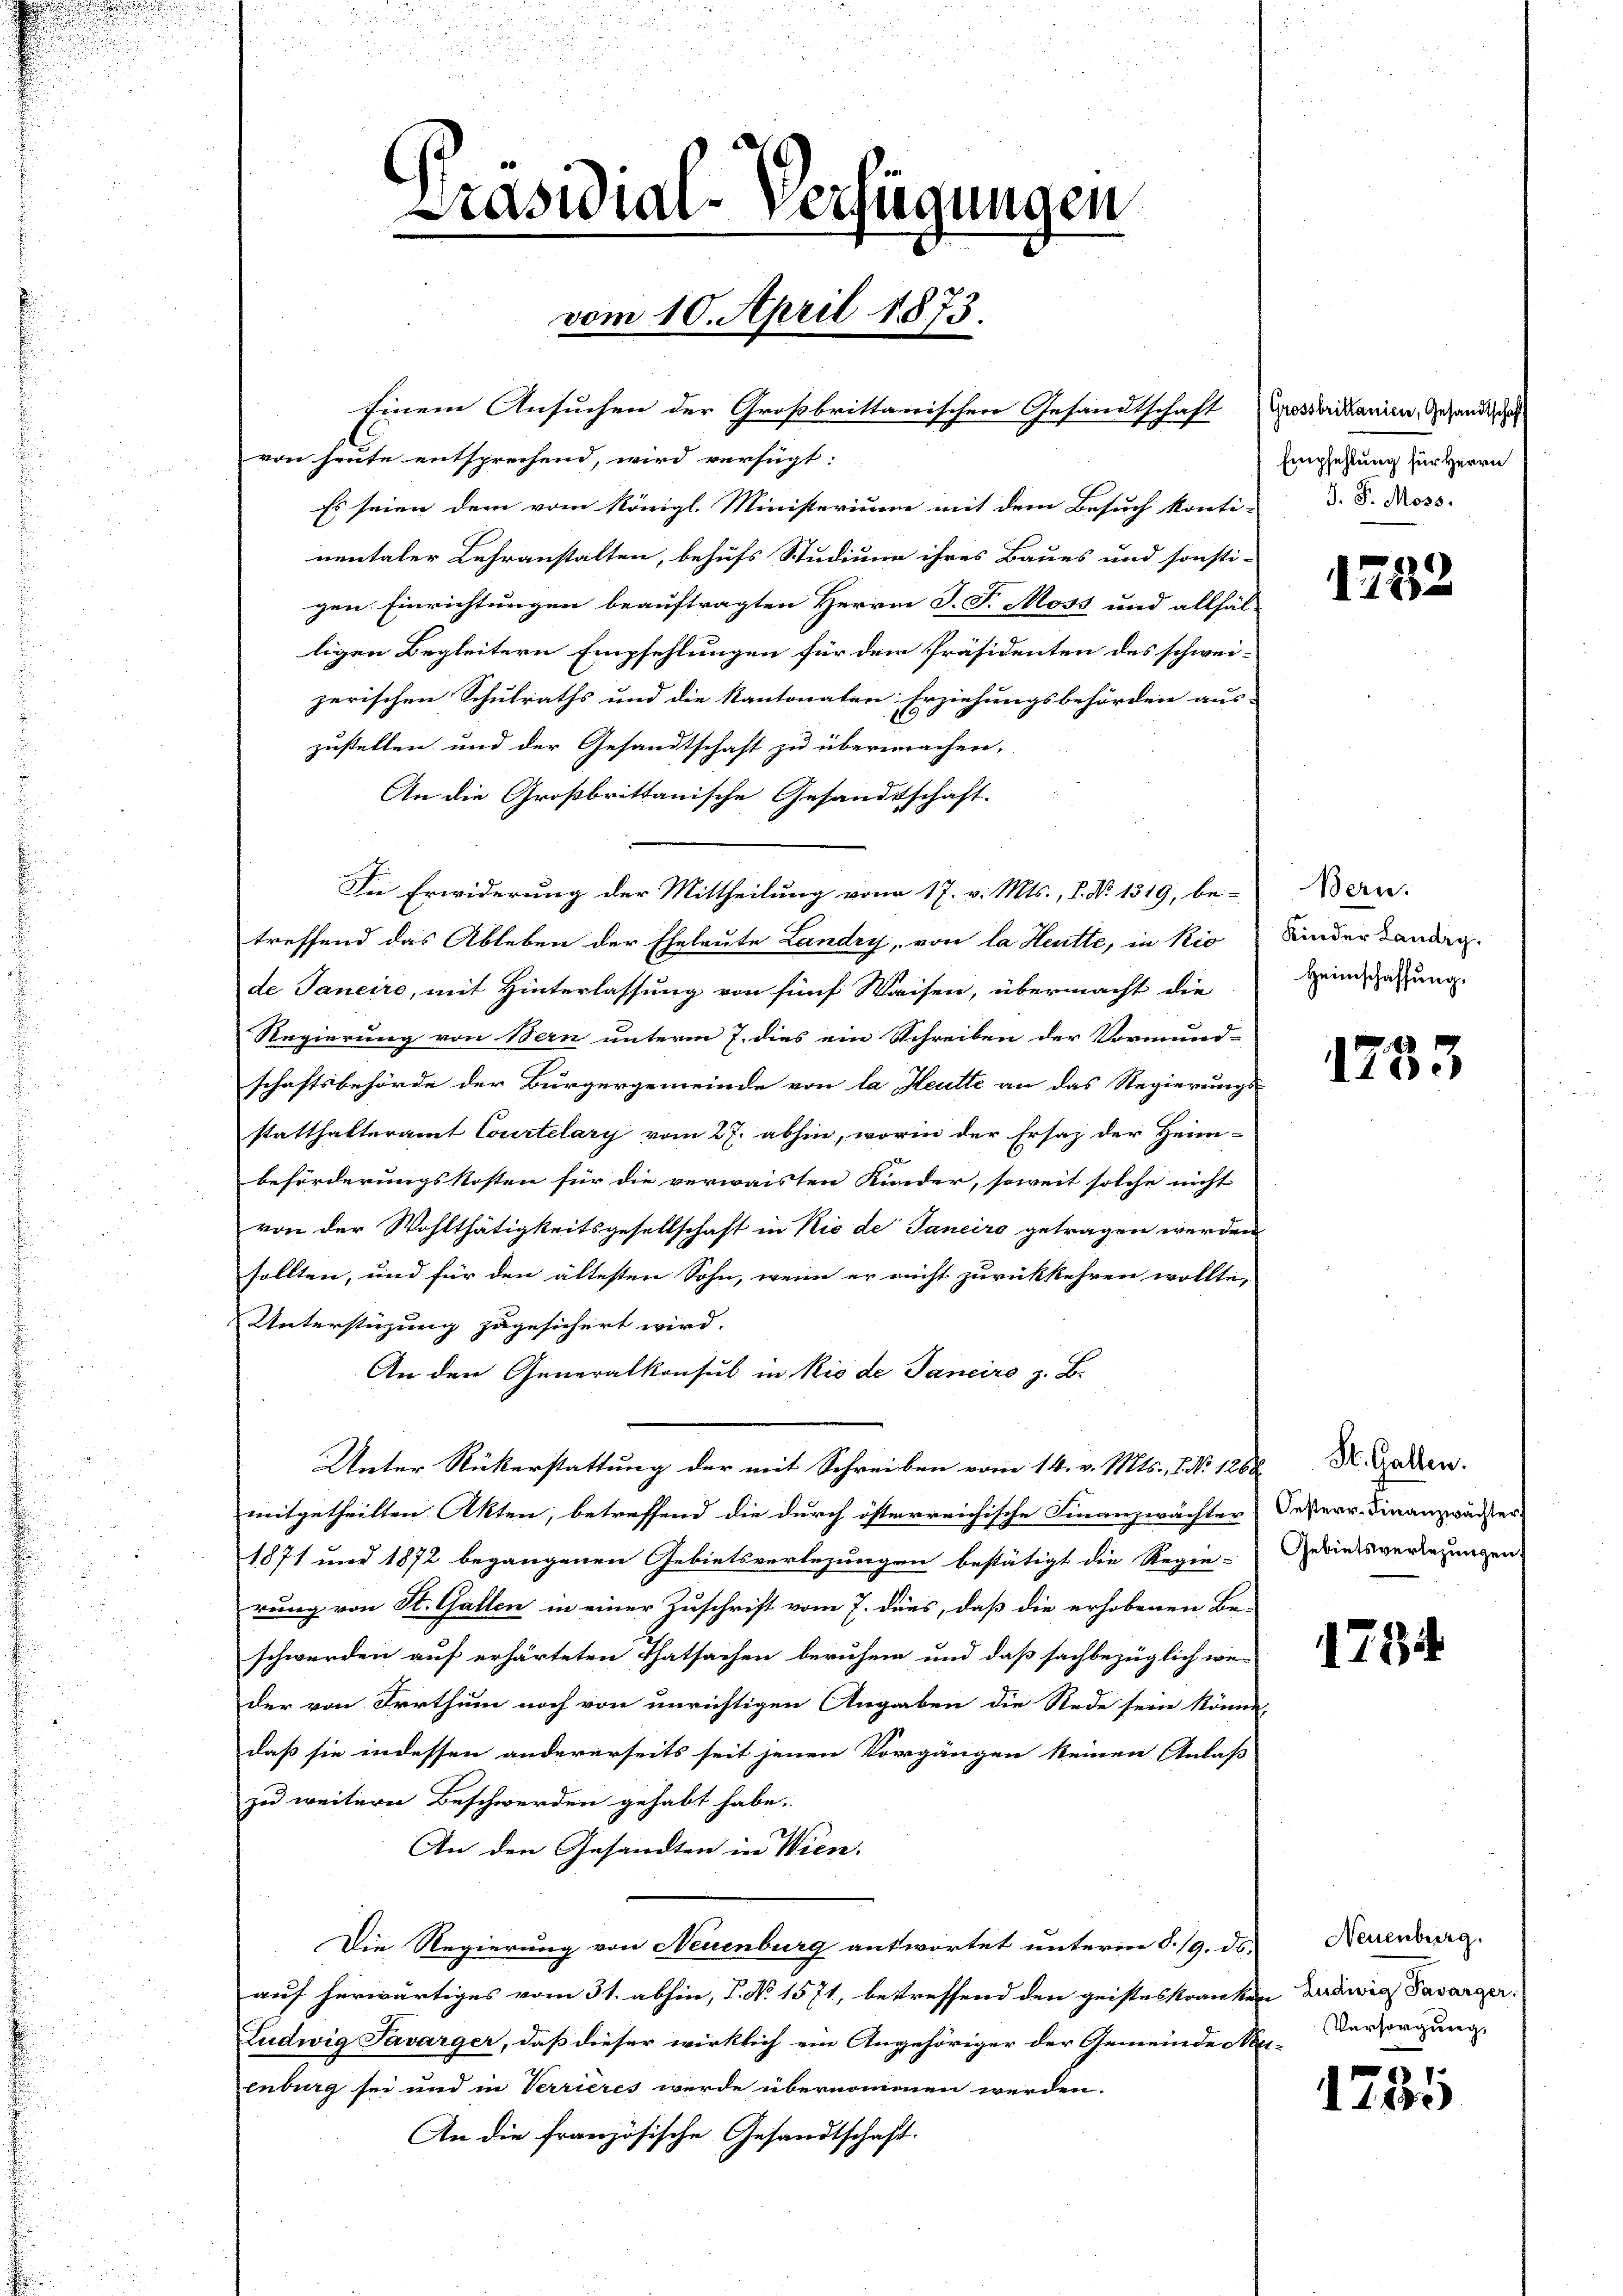
Präsidial-Verfügungen
vom 10. April 1873.
Einem Ansuchen der Großbrittanischen Gesandtschaft. Individanien, Gesandt

von heute entsprechend, wird verfügt:
Es seien dem vom Königl. Ministerium mit dem Besuch konti-D.S. Moss-
nentaler Lehranstalten, behufs Studium ihres Baues und sonsti-
gen Einrichtungen beauftragten Herrn J. J. Moss und allfälligen Begleitern Empfehlungen für dem Präsidenten des schweizerischen Schulraths und die Kantonalen Erziehungsbehörden aus
zustellen und der Gesandtschaft zu übermachen.
An die Großbrittanische Gesandtschaft.
In Erwiderung der Mittheilung vom 17. v. Mts., S. Nr. 1319, be-
treffend das Ableben der Eheleute Landry, von la Heute, in Rio Kinder Landg
de Janeire, mit Hinterlassung von fünf Waisen, übermacht die
Regierung von Bern unterm 7. dies ein Schreiben der Vormund-
schaftsbehörde der Bürgergemeinde von la Heutte an das Regierungs-
statthalteramt Courtelary vom 27. abhin, worin der Ersatz der Heim-
beförderungskosten für die verwaisten Kinder, soweit solche nicht
von der Wohlthätigkeitsgesellschaft in Nie de Tanciro getragen werden
sollten, und für den ältesten Sohn, wenn er nicht zurückkehren wollte,
Unterstüzung zugesichert wird.
An den Generalkonsul in Rio de Janeiro z. B.
Unter Rükerstattung der mit Schreiben vom 14. v. Mts., NNo. 1262. X. Gallen.
mitgetheilten Akten, betreffend die durch österreichische Finanzwächter Jesterr. Finanzwässer¬
1871 und 1872 begangenen Gebietsverlegungen bestätigt die Regie-Gebietsverlegungen
rung von St. Gallen in einer Zuschrift vom 7. dies, daß die erhobenen Be-
schwerden auf erhärteten Thatsachen beruhen und daß sachbezüglich wen
der von Irrthum noch von unrichtigen Angaben die Rede sein könne,
daß sie indessen andererseits seit jenen Vorgängen keinen Anlaß
zu weitern Beschwerden gehabt habe.
An den Gesandten in Wien.
Die Regierung von Neuenburg antwortet unterm 8./9. ds.
auf herwärtiges vom 31. abhin, P. No 1571, betreffend den geisteskranken Drewig Tavarger.
Ludwig Savarger, daß dieser wirklich ein Angehöriger der Gemeinde Nei-Versorgung
enburg sei und in Verrieres wurde übernommen werden.
An die französische Gesandtschaft.

Empfehlung für Herrn

1732

Bern.
Heimschaffung.

1733

1794

Neuenburg.

1785